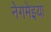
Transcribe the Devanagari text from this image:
नेगमेइया